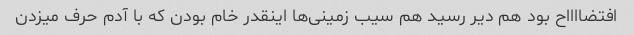
افتضااااح بود هم دیر رسید هم سیب زمینی‌ها اینقدر خام بودن که با آدم حرف میزدن